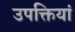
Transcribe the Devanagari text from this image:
उपक्तियां